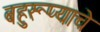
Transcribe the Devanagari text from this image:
बहुरूप्याचे